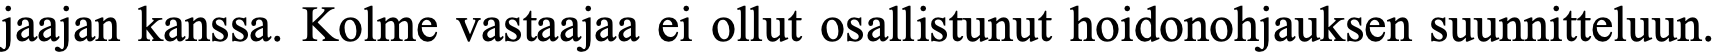
jaajan kanssa. Kolme vastaajaa ei ollut osallistunut hoidonohjauksen suunnitteluun.